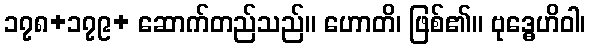
၁၇၈+၁၇၉+ ဆောက်တည်သည်။ ဟောတိ၊ ဖြစ်၏။ ဗုဒ္ဓေဟိဝါ၊